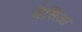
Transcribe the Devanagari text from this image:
बैसिआ